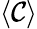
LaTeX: \langle\mathcal{C}\rangle